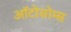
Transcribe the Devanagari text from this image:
ऑटोसोम्स